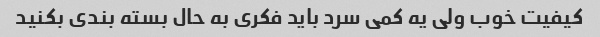
کیفیت خوب ولی یه کمی سرد باید فکری به حال بسته بندی بکنید